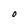
Character: O